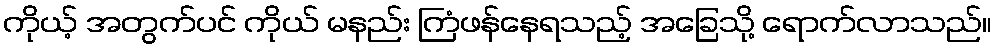
ကိုယ့် အတွက်ပင် ကိုယ် မနည်း ကြံဖန်နေရသည့် အခြေသို့ ရောက်လာသည်။